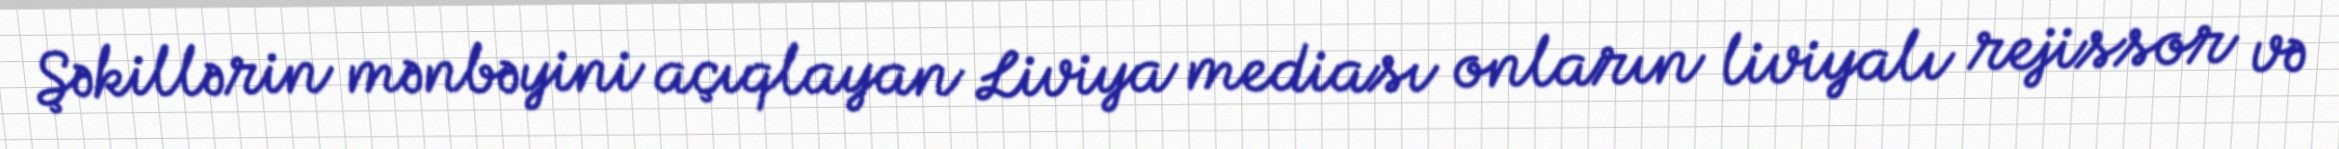
Şəkillərin mənbəyini açıqlayan Liviya mediası onların liviyalı rejissor və